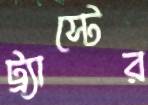
ট্র্যাস্টের